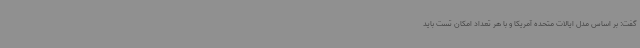
گفت: بر اساس مدل ایالات متحده آمریکا و با هر تعداد امکان تست باید